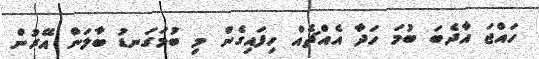
ހައްޖަ އާދެބަ ބުމަ ހަދާ އެއްޗެއް ހިފައިގެން މި ބުމަގަނޑު ބާލަން އޭރުން